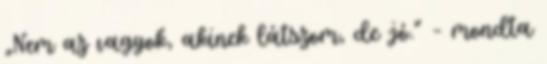
„Nem az vagyok, akinek látszom, de jó.” – mondta